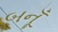
બનૂઁ